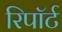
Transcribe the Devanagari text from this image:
रिपॉर्ट